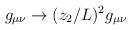
LaTeX: \begin{align*}g_{\mu \nu} \to (z_2/L)^2g_{\mu \nu}\end{align*}